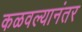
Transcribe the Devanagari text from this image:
कळवल्यानंतर